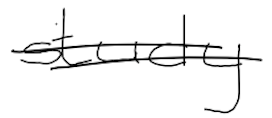
Text: study
Cross-out: double-line
Writing tool: digital_black